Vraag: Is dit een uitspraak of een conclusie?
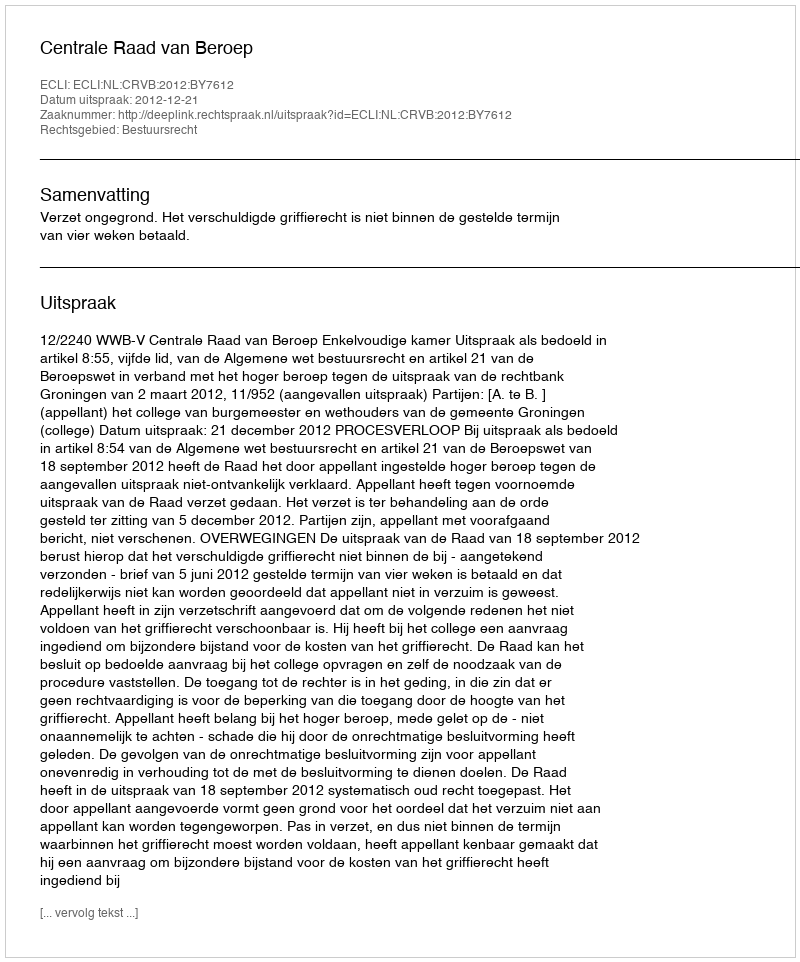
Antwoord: Uitspraak